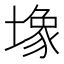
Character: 𫮧